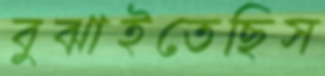
বুঝাইতেছিস